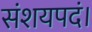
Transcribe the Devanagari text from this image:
संशयपदं।